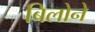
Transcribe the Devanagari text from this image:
बिलोने